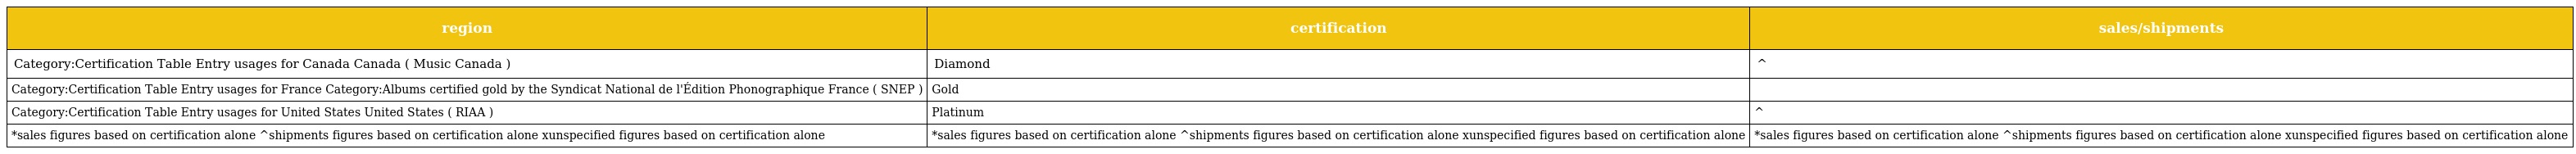
| region | certification | sales/shipments |
 | --- | --- | --- |
 | Category:Certification Table Entry usages for Canada Canada ( Music Canada ) | Diamond | ^ |
 | Category:Certification Table Entry usages for France Category:Albums certified gold by the Syndicat National de l'Édition Phonographique France ( SNEP ) | Gold |  |
 | Category:Certification Table Entry usages for United States United States ( RIAA ) | Platinum | ^ |
 | *sales figures based on certification alone ^shipments figures based on certification alone xunspecified figures based on certification alone | *sales figures based on certification alone ^shipments figures based on certification alone xunspecified figures based on certification alone | *sales figures based on certification alone ^shipments figures based on certification alone xunspecified figures based on certification alone |